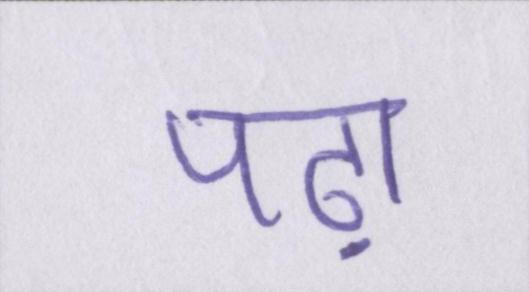
पढ़ा